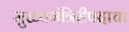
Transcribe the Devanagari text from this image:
मुख्यमंत्रिरीपदाचा